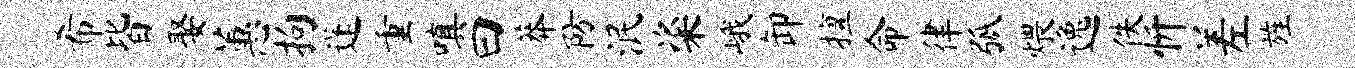
希皆娶蕙拘蓬重嗔曰莽防泯粢峨卸擅命律弧煨逸佚忻差旌